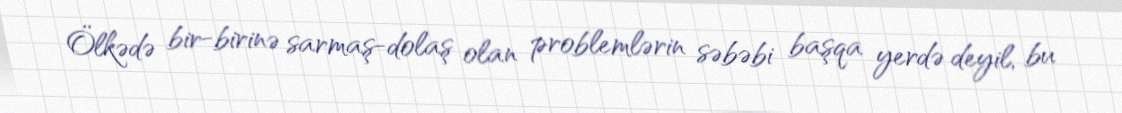
Ölkədə bir-birinə sarmaş-dolaş olan problemlərin səbəbi başqa yerdə deyil, bu